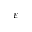
\varepsilon